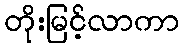
တိုးမြင့်လာကာ